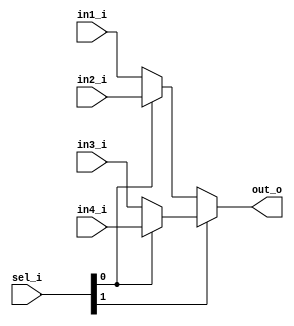
// Name: mux4_to_1.v
//
// Description: Multiplexer 4 inputs 1 output

module mux4_to_1 #(
  parameter Width = 32
) (
  input  [Width-1:0] in1_i,
  input  [Width-1:0] in2_i,
  input  [Width-1:0] in3_i,
  input  [Width-1:0] in4_i,
  input        [1:0] sel_i,
  output [Width-1:0] out_o
);

  assign out_o = sel_i[1] ? (sel_i[0] ? in4_i : in3_i) : (sel_i[0] ? in2_i : in1_i);

endmodule